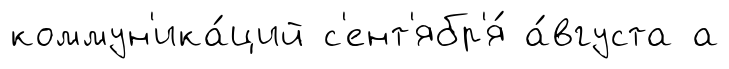
коммун'ика́ций с'ент'ябр'я́ а́вгуста а